Annual administration report of the Civil Veterinary Department, Ajmere-Merwara, British Rajputana - 1914-1940
Year: 1914
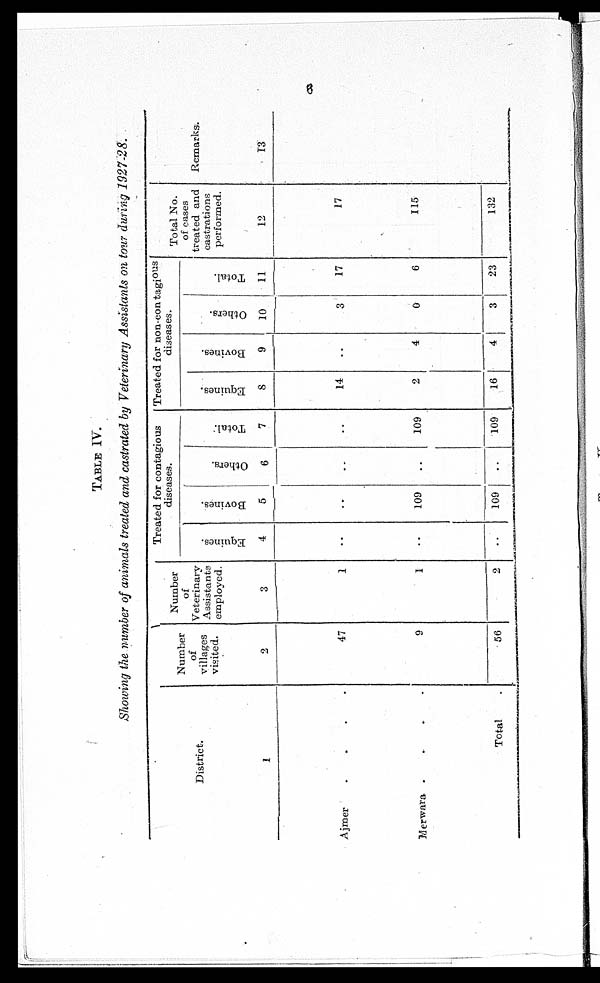
6
TABLE IV.
Showing the number of animals treated and castrated by Veterinary Assistants on tour during 1927-28.
District.
1
Ajmer
.
.
.
.
Merwara .
.
.
.
Total .
Number
of
villages
visited.
2
47
9
56
Number
of
Veterinary
Assistants
employed.
3
1
1
2
Treated for contagious
diseases.
Equines.
4
..
..
..
Bovines.
5
..
109
109
Others.
6
..
..
..
Total.
7
..
109
109
Treated for non-contagious
diseases.
Equines.
8
14
2
16
Bovines.
9
..
4
4
Others.
10
3
0
3
Total.
11
17
6
23
Total No.
of cases
treated and
castrations
performed.
12
17
115
132
Remarks.
13